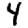
Digit: 4